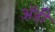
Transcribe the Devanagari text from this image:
अॅडी